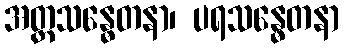
အတ္တသန္ဓေတနာ၊ ပရသန္ဓေတနာ